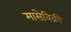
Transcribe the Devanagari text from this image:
मासेविक्री